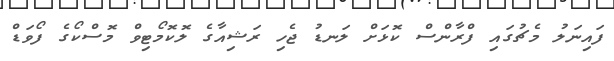
ފައިނަލު މެޗުގައި ފްރާންސް ކޮޅަށް ލަނޑު ޖެހި ރަޝިއާގެ ލޮކޮމޯޓިވް މޮސްކޯގެ ފޯވަޑް